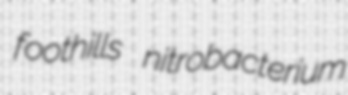
foothills nitrobacterium